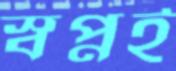
স্বপ্নই